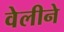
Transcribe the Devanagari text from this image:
वेलीने